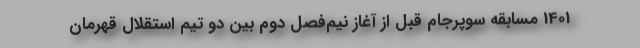
1401 مسابقه سوپرجام قبل از آغاز نیم‌فصل دوم بین دو تیم استقلال قهرمان